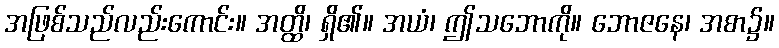
အဖြစ်သည်လည်းကောင်း။ အတ္ထိ၊ ရှိ၏။ အယံ၊ ဤသဘောကို။ ဘောဇနေ၊ အစာ၌။